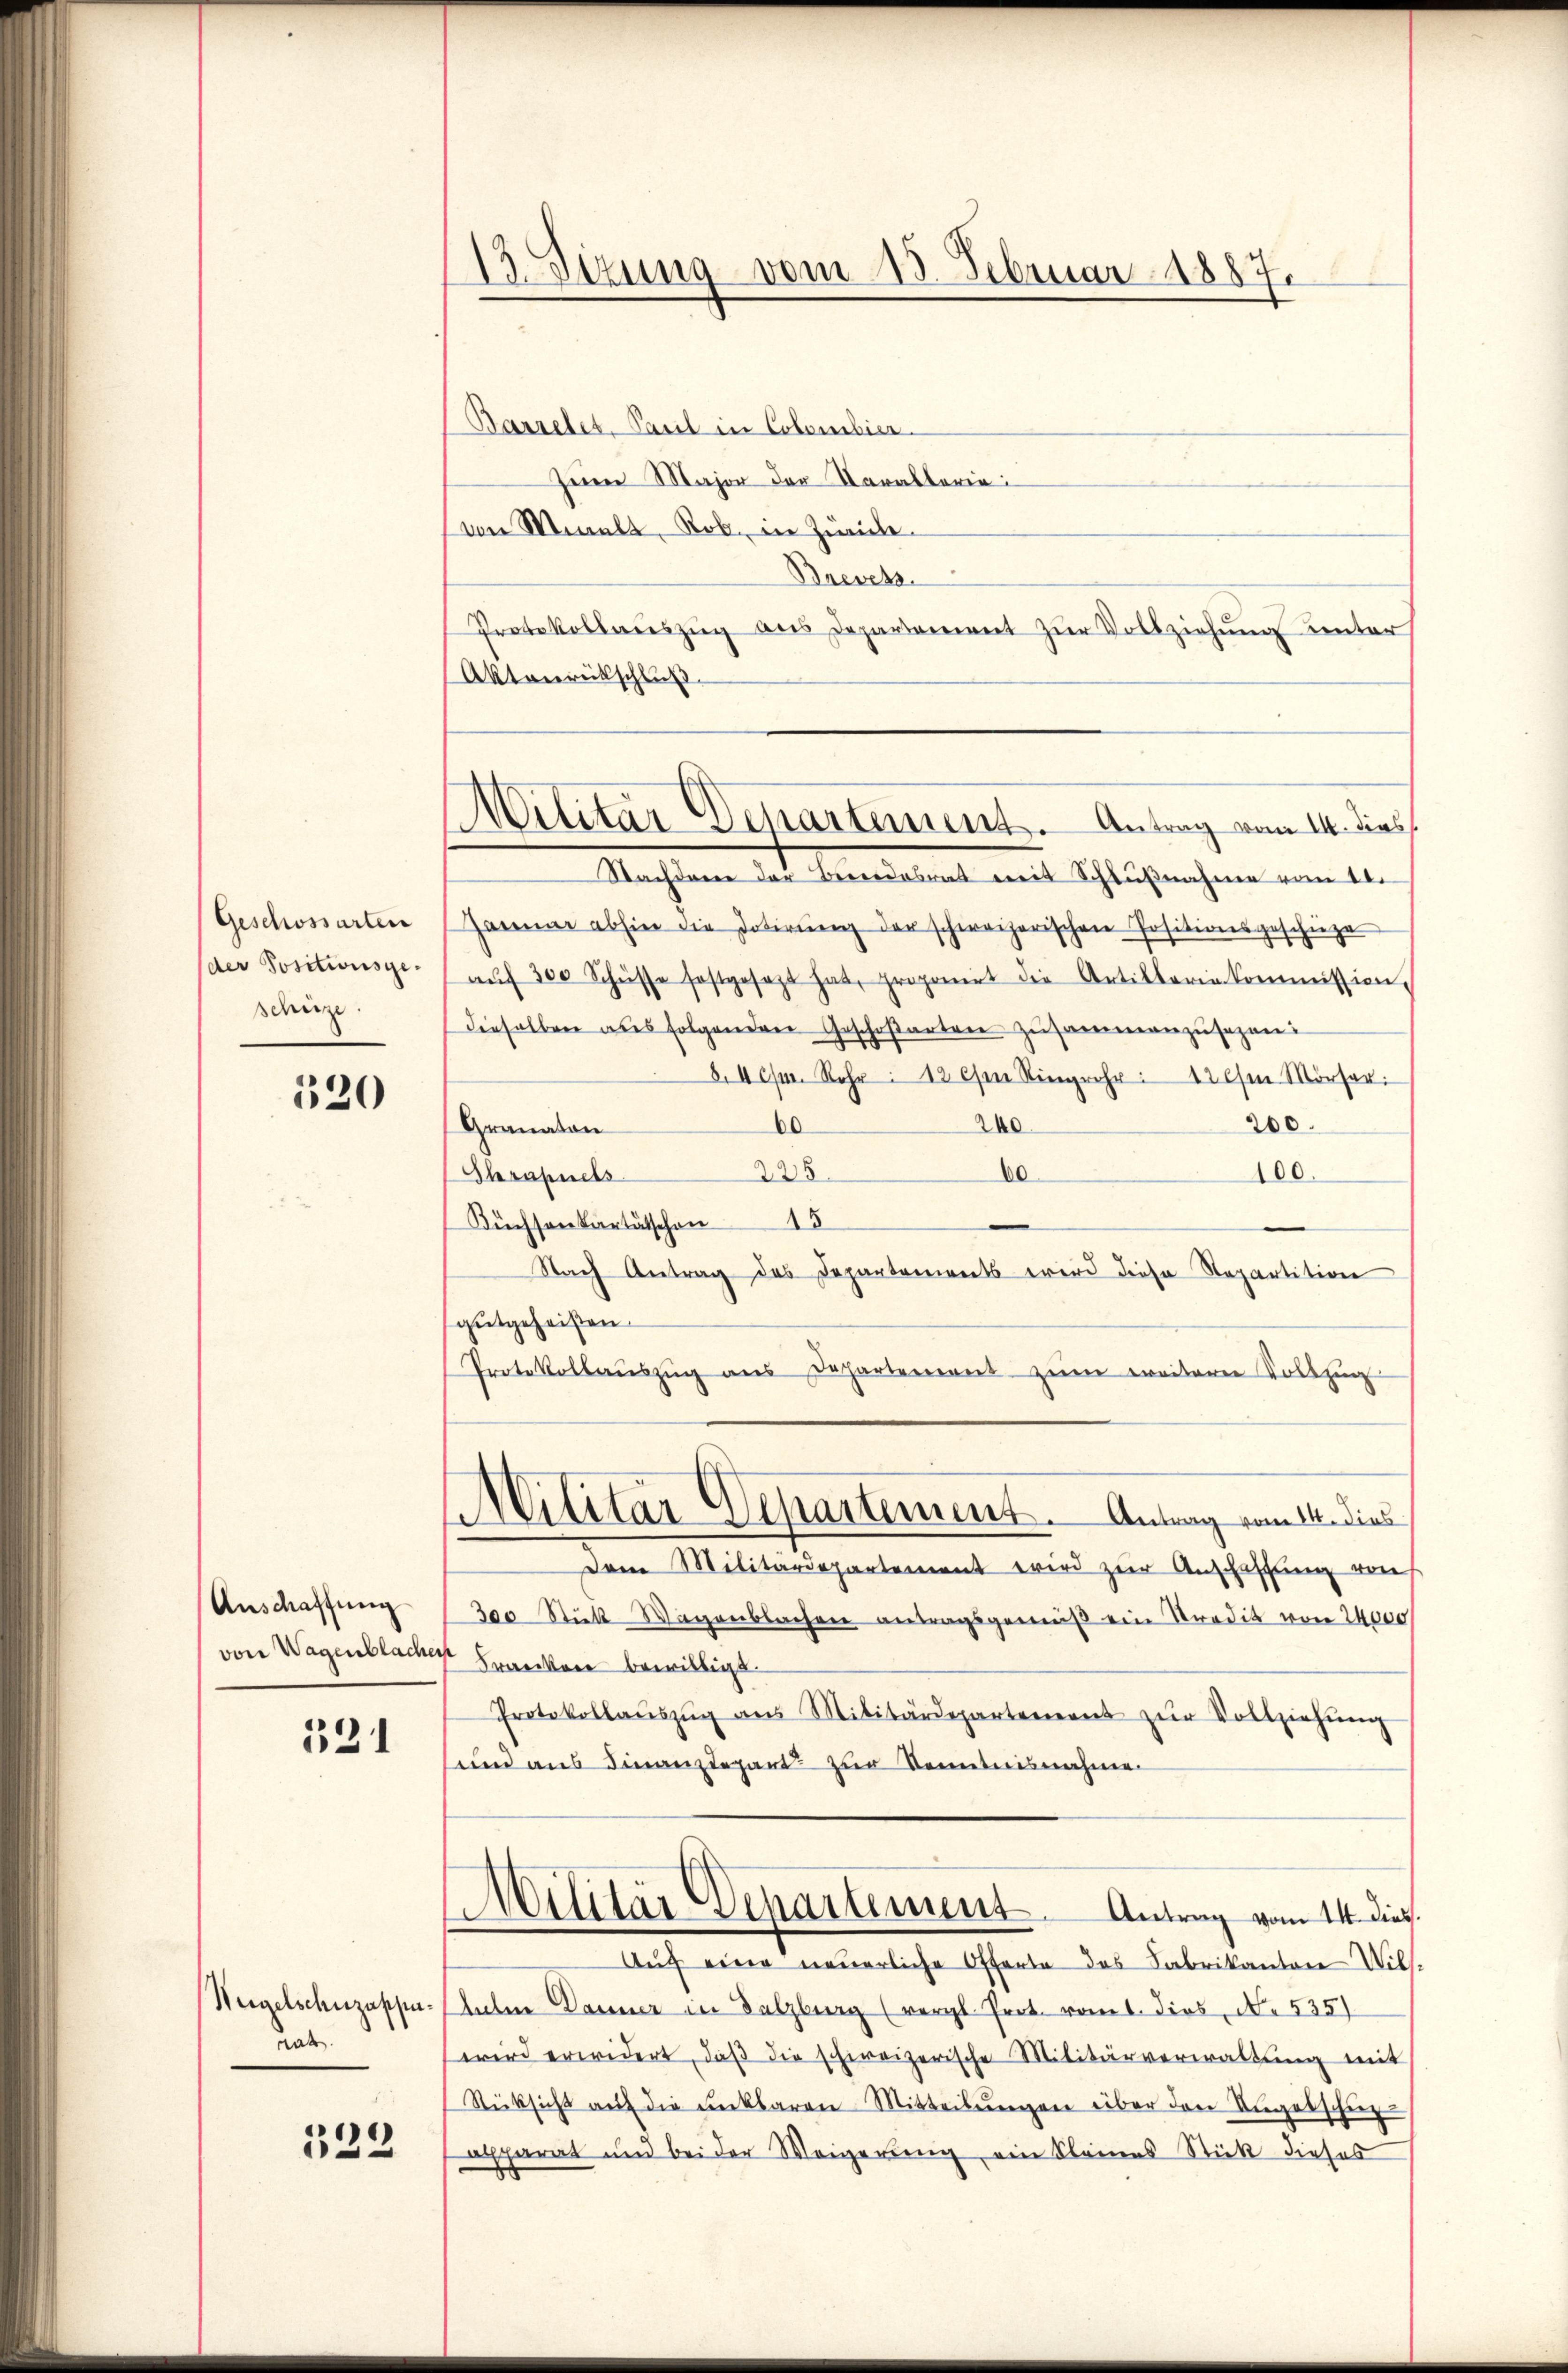
13. Setzung vom 15. Februar 1887.

Barrelet, Pasil in Colombier
Zeiner Major der Karakterie:
von Minelt, Rob. in Zürich
Brevetz.
Protokollauszug aus Departement zur Vollziehung unter
Aktonrückschluß
Nachdene der Beindesrat mit Schlußnahme vom 10.
Jammer abhin die Dotierŭng der schweizerischen Positionsgeschüze
aŭf 300 Schüsse festgesetzt hat, proponirt die Artillaria Kommission,
dieselben aus folgenden Geschoßarten zusammenzusagen:
8.4 pr. Rehr: 12 esen Ringrehr: 12 cm Mörser:
260
200.
60
Granaton
60
Shrapuels
100.
228
Büchsenkartätschon 15
Nach Antrag des Departements wird diese Repartition
gutgeheißen.
Protokollaŭszŭg ans Departement zŭm weiterer Vollzug
Militar Departement. Antrag vom 14. dies
dem Militärdepartement wird zur Anschaffung von
300 Stükl-Wagenblachen antragsgemäβ ein Stradit von 24000
von Wagenblacher Franken bewilligt.
Protokollaŭszŭg ans Militärdepartement zŭr Vollziehŭng
und aus Finanzdepart zur Kenntnisnahme
Militär Departement Antrag vom 14. dies.
Aŭch eine neuerliche Offerte des Fabrikanton Wilh.
hle Danner in Salzburg (vergl. Prot. vom 1. dies, No 5351
wird erwidert, daβ die schweizerische Militärverwaltung mit
Rücksicht auf die ankbaren Mitteilŭngen über den Ungelschu
aparat und bei der Weigerung ein Steines Stick dieses

Militär Separtement. Antrag vom 14. dies

Geschossarten
der Positionsge-
schütze

520

Anschaffung

531

Weigelschuzappu¬
Rat.

122